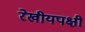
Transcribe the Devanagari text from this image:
रेखीयपक्षी